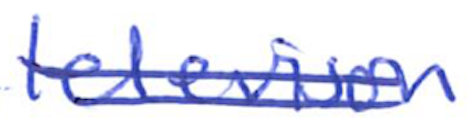
Text: television
Cross-out: double-line
Writing tool: ballpoint